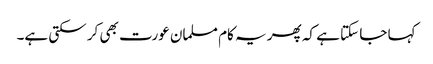
کہا جا سکتا ہے کہ پھر یہ کام مسلمان عورت بھی کر سکتی ہے۔